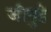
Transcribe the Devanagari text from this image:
जीयुहे